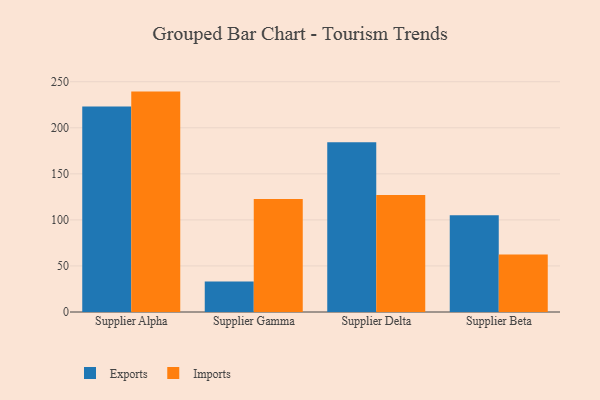
{"axis": {"x": "Supplier", "y": "Satisfaction Score"}, "legend": ["Exports", "Imports"], "data": [{"x": "Supplier Alpha", "y": 223.1, "type": "Exports"}, {"x": "Supplier Alpha", "y": 239.3, "type": "Imports"}, {"x": "Supplier Gamma", "y": 33.2, "type": "Exports"}, {"x": "Supplier Gamma", "y": 122.6, "type": "Imports"}, {"x": "Supplier Delta", "y": 184.2, "type": "Exports"}, {"x": "Supplier Delta", "y": 127.0, "type": "Imports"}, {"x": "Supplier Beta", "y": 105.0, "type": "Exports"}, {"x": "Supplier Beta", "y": 62.5, "type": "Imports"}]}